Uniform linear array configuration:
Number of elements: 32
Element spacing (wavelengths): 1
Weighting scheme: cosine
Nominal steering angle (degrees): -15
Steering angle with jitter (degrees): -13.201
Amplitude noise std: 0.05
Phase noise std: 0.05

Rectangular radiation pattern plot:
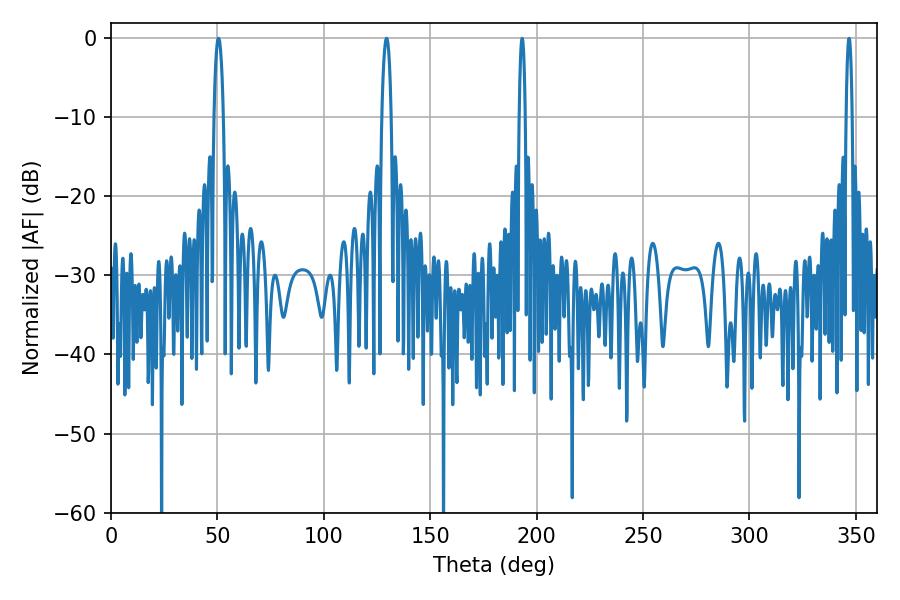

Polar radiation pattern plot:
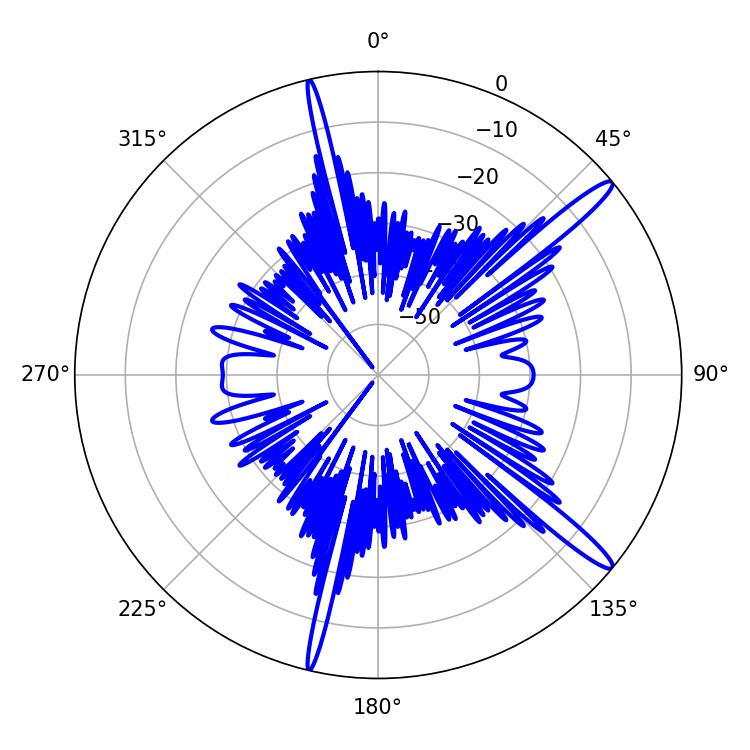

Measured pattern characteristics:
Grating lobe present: TRUE
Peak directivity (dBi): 15.163
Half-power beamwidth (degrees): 2.52
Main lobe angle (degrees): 129.42